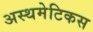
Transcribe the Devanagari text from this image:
अस्थमेटिकस